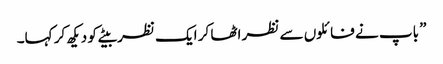
” باپ نے فائلوں سے نظر اٹھا کر ایک نظر بیٹے کو دیکھ کر کہا۔